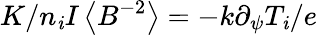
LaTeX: K/n_{\mathit{i}}I\left\langle{B^{-2}}\right\rangle=-k\partial_{\psi}T_{\mathit{i}}/e